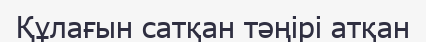
Құлағын сатқан тәңірі атқан